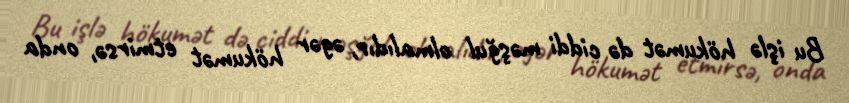
Bu işlə hökumət də ciddi məşğul olmalıdır, əgər hökumət etmirsə, onda